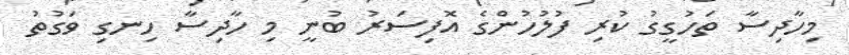
މިހާދިސާ ތަހުގީގު ކުރި ފުލުހުންގެ އޮފިސަރު ބުނީ މި ހާދިސާ ހިނގި ވަގުތު